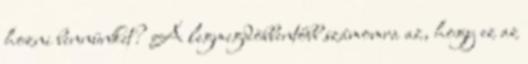
hozni bennünket? A legmegdöbbentőbb számomra az, hogy ez az